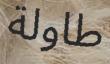
طاولة